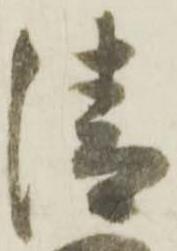
清